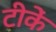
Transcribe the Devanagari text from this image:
टीकें